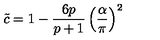
\tilde { c } = 1 - \displaystyle \frac { 6 p } { p + 1 } \left( \displaystyle \frac { \alpha } { \pi } \right) ^ { 2 }